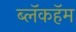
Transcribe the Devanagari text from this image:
ब्लॅकहॅम